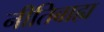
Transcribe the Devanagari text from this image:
नीतिबाह्य